Report on vaccination in the Province of Bengal - 1869-1873
Year: 1869
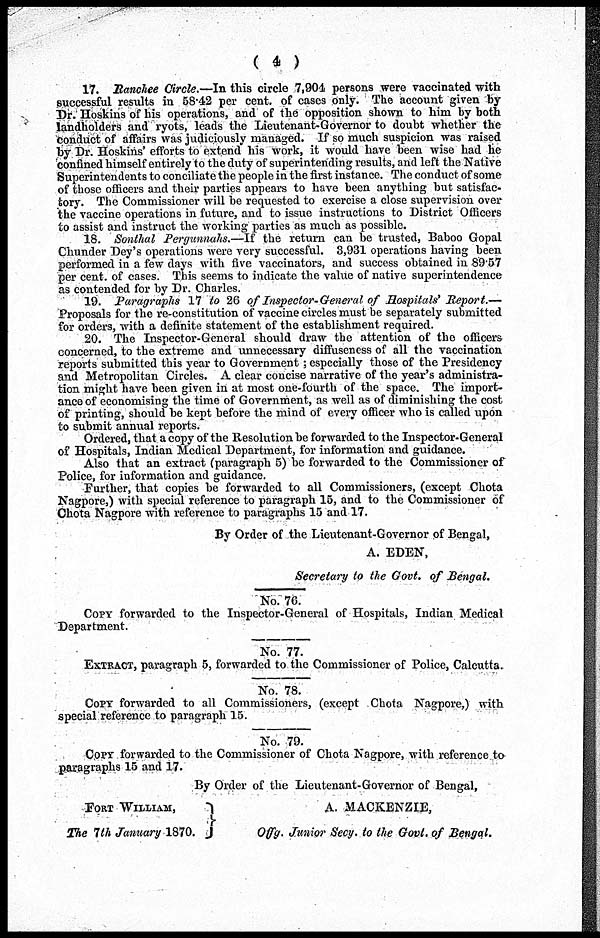
( 4 )
17. Ranchee Circle.—In this circle 7,904 persons were vaccinated with
successful results in 58.42 per cent. of cases only. The account given by
Dr. Hoskins of his operations, and of the opposition shown to him by both
landholders and ryots, leads the Lieutenant-Governor to doubt whether the
conduct of affairs was judiciously managed. If so much suspicion was raised
by Dr. Hoskins' efforts to extend his work, it would have been wise had he
confined himself entirely to the duty of superintending results, and left the Native
Superintendents to conciliate the people in the first instance. The conduct of some
of those officers and their parties appears to have been anything but satisfac-
tory. The Commissioner will be requested to exercise a close supervision over
the vaccine operations in future, and to issue instructions to District Officers
to assist and instruct the working parties as much as possible.
18. Sonthal Pergunnahs.—If the return can be trusted, Baboo Gopal
Chunder Dey's operations were very successful. 3,931 operations having been
performed in a few days with five vaccinators, and success obtained in 89.57
per cent. of cases. This seems to indicate the value of native superintendence
as contended for by Dr. Charles.
19. Paragraphs 17 to 26 of Inspector-General of Hospitals' Report.—
Proposals for the re-constitution of vaccine circles must be separately submitted
for orders, with a definite statement of the establishment required.
20. The Inspector-General should draw the attention of the officers
concerned, to the extreme and unnecessary diffuseness of all the vaccination
reports submitted this year to Government; especially those of the Presidency
and Metropolitan Circles. A clear concise narrative of the year's administra-
tion might have been given in at most one-fourth of the space. The import-
ance of economising the time of Government, as well as of diminishing the cost
of printing, should be kept before the mind of every officer who is called upon
to submit annual reports.
Ordered, that. a copy of the Resolution be forwarded to the Inspector-General
of Hospitals, Indian Medical Department, for information and guidance.
Also that an extract (paragraph 5) be forwarded to the Commissioner of
Police, for information and guidance.
Further, that copies be forwarded to all Commissioners, (except Chota
Nagpore,) with special reference to paragraph 15, and to the Commissioner of
Chota Nagpore with reference to paragraphs 15 and 17.
By Order of the Lieutenant-Governor of Bengal,
A. EDEN,
Secretary to the Govt. of Bengal.
No. 76.
COPY forwarded to the Inspector-General of Hospitals, Indian Medical
Department.
No. 77.
EXTRACT, paragraph 5, forwarded to the Commissioner of Police, Calcutta.
No. 78.
COPY forwarded to all Commissioners, (except Chota Nagpore,) with
special reference to paragraph 15.
No. 79.
COPY forwarded to the Commissioner of Chota Nagpore, with reference to-
paragraphs 15 and 17.
By Order of the Lieutenant-Governor of Bengal,
FORT WILLIAM,
The 7th January 1870.
A. MACKENZIE,
Offg. Junior Secy. to the Govt. of Bengal.